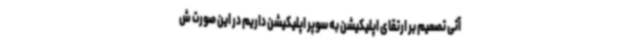
آتی تصمیم بر ارتقای اپلیکیشن به سوپر اپلیکیشن داریم در این صورت ش